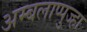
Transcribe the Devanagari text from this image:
अम्बलाप्पुज्हा